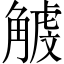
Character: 𧤥